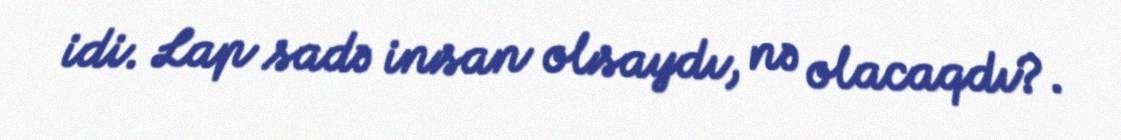
idi. Lap sadə insan olsaydı, nə olacaqdı?.